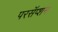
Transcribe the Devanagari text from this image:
परसॅप्शन